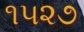
૧૫૨૭